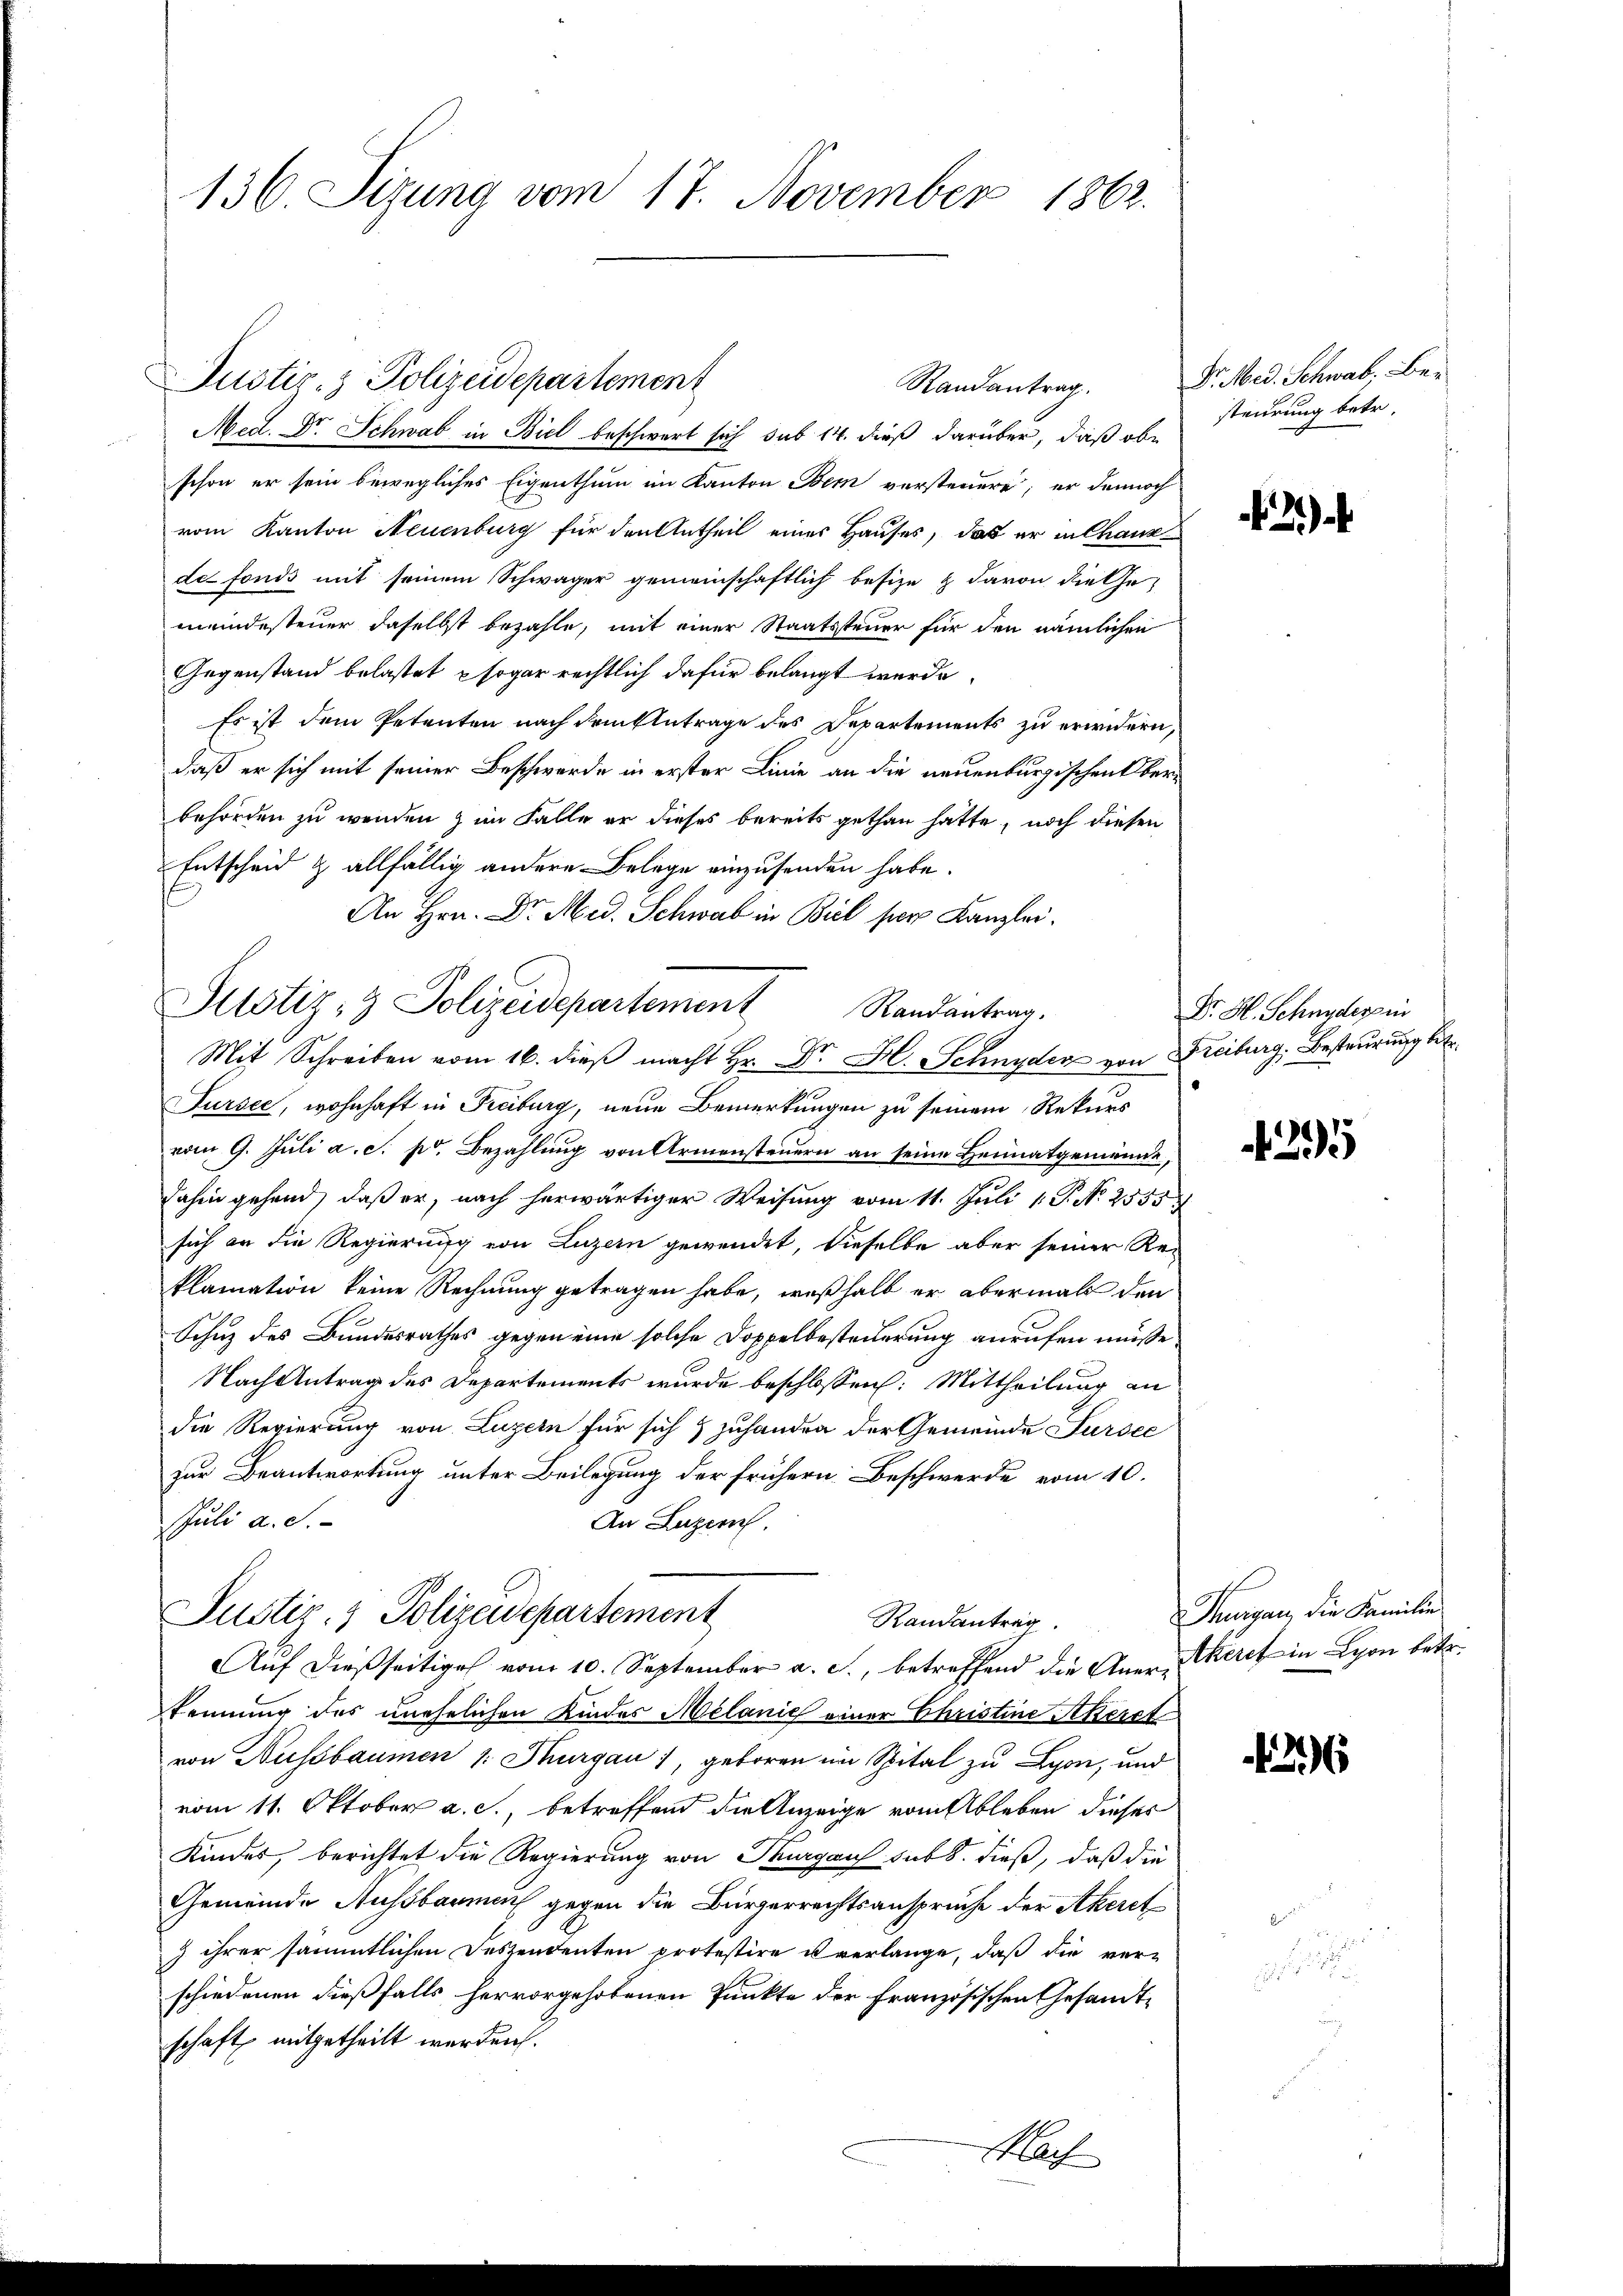
136. Sizung vom 17. November 1862.

Justiz- & Polizeidepartement
Randantrag.

Med. Dr. Schwab in Biel beschwert sich sub 14. dieß darüber, daß obe
schon er sein bewegliches Eigenthum im Kanton Bem versteuere; er dennoch
vom Kanton Neuenburg für den Antheil einer Hauses, das er in Chaus
de fonds mit seinem Schwäger gemeinschaftlich besize & davon die Ge-
meindesteuer daselbst bezahle, mit einer Staatssteuer für den nämlichen
Gegenstand belastet sogar rechtlich dafür belangt werde.
Es ist dem Petenten nach dem Antrage des Departements zu erwidern,
daß er sich mit seiner Beschwerde in erster Linie an die neuenburgischen Oberbehörden zu wenden & im Falle er dieses bereits gethan hatte, noch diesen
Entscheid & allfällig andere Belege einzusenden habe.
An Hrn. Dr. Med. Schwab in Biel per Kanzlei.
Randantrag.
Mit Schreiben vom 16. dieβ macht Hr. Dr. H. Schnyder von Freiburg. Besteurung betr.
Fursee, wohnhaft in Freiburg, neue Bemerkungen zu seinem Rekurs
vom 9. Juli a. c. pr. Bezahlung von Armensteuern an seine Heimatgemeinde,
dahin gehend, daß er, nach herwärtiger Weisung vom 11. Juli 1. No. 2555
sich an die Regierung von Luzern gewendet, dieselbe aber seiner Rei
klamation keine Rechnung getragen habe, weßhalb er abermals den
Schuz des Bundesrathes gegen eine solche Doppelbesteuerung anrufen müsse,
Nach Antrag des Departements wurde beschlossen: Mittheilung an
die Regierung von Luzern für sich & zuhanden der Gemeinde Sursee
zur Beantwortung unter Beilegung der frühern Beschwerde vom 10.
JJuli a. S.
An Luzern.
Justiz- & Polizeidepartement
Randantrag
Auf dießseitiges vom 10. September a. c., betreffend die Anerkeret in Lyon betr.
kennung des unehelichen Kindes Melanić einer Christine Akeret
von Nussbaumen /: Thurgau), geboren im Spital zu Lyon, und
vom 11. Oktober a. c., betreffend die Anzeige vom Ableben dieses
Kindes, berichtet die Regierung von Thurgau sub 8. dieß, daß die
Gemeinde Aussbarmen gegen die Bürgerrechtsansprüche der Akeret
J ihrer sämmtlichen Deszendenten protestire u verlange, daß die verschiedenen dießfalls hervorgehobenen Punkte der Französischen Gesandt-
schaft mitgetheilt werden.

Justiz- & Polizeidepartement

Nach

Dr. Med. Schwab, Besteurung betr.

2)

Dr. H. Schnyder in

295

Thurgau, die Familie

26